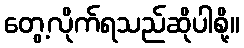
တွေ့လိုက်ရသည်ဆိုပါစို့။